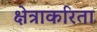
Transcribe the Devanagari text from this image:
क्षेत्राकरिता